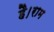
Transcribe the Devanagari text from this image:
है।राम